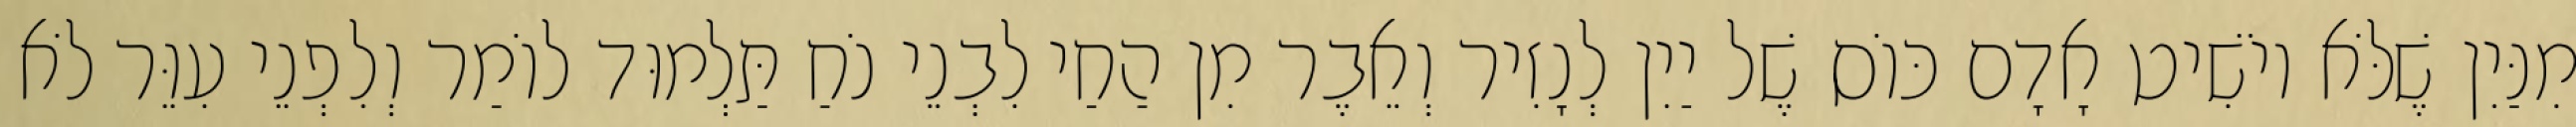
מִנַּיִן שֶׁלֹּא יוֹשִׁיט אָדָם כּוֹס שֶׁל יַיִן לְנָזִיר וְאֵבֶר מִן הַחַי לִבְנֵי נֹחַ תַּלְמוּד לוֹמַר וְלִפְנֵי עִוֵּר לֹא